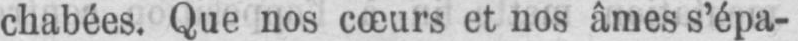
chabées. Que nos cœurs et nos âmes s’épa-